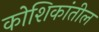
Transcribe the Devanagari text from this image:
कोशिकांतील